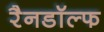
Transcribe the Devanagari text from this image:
रैनडॉल्फ